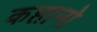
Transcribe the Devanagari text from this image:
कप्तानो